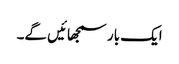
ایک بار سمجھائیں گے۔